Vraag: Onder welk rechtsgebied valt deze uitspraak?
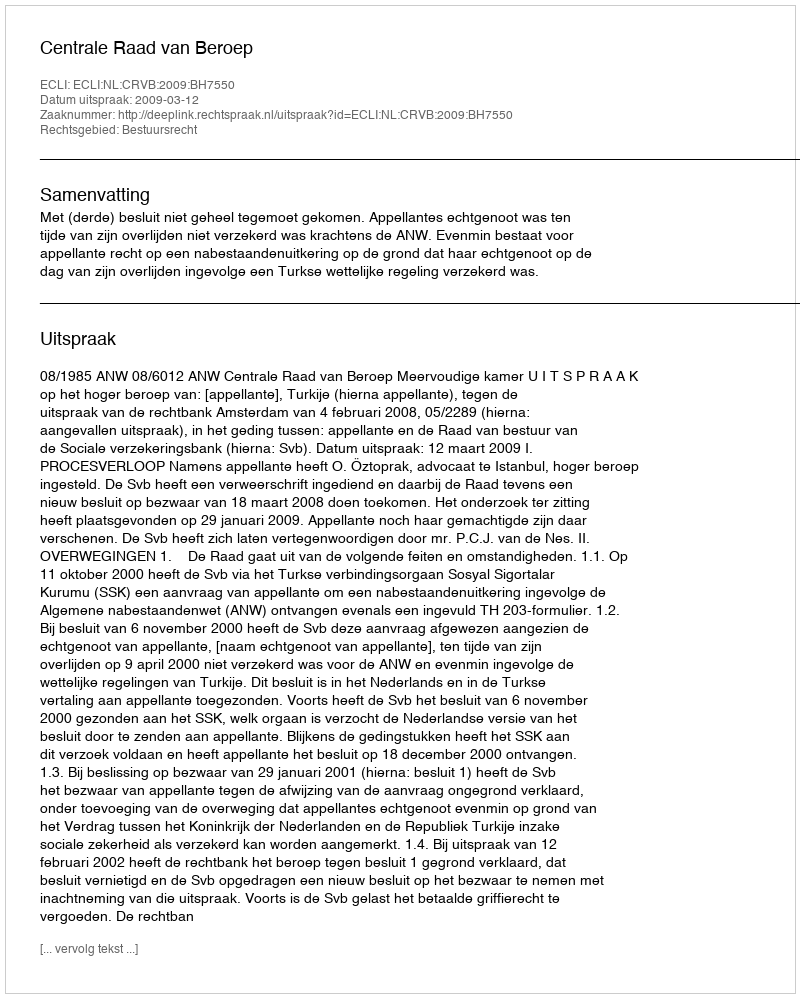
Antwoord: Bestuursrecht